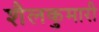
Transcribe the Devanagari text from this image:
शैलकुमारी